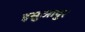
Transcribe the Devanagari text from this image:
इसुआपुर